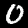
Label: 0